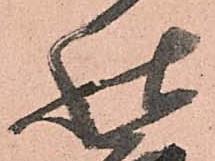
祐